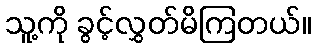
သူ့ကို ခွင့်လွှတ်မိကြတယ်။